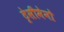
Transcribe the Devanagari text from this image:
ट्रेसीमेनो